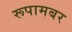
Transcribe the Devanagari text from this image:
रूपामबर